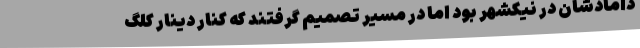
دامادشان در نیکشهر بود اما در مسیر تصمیم گرفتند که کنار دینار کلگ